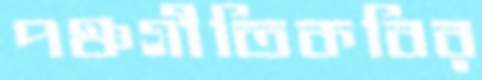
পঞ্চগীতিকবির